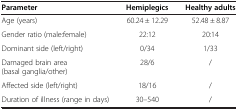
| Parameter | Hemiplegics | Healthy adults |
 | --- | --- | --- |
 | Age (years) | 60.24 ± 12.29 | 52.48 ± 8.87 |
 | Gender ratio (male:female) | 22:12 | 20:14 |
 | Dominant side (left/right) | 0/34 | 1/33 |
 | Damaged brain area (basal ganglia/other) | 28/6 | / |
 | Affected side (left/right) | 18/16 | / |
 | Duration of illness (range in days) | 30–540 | / |